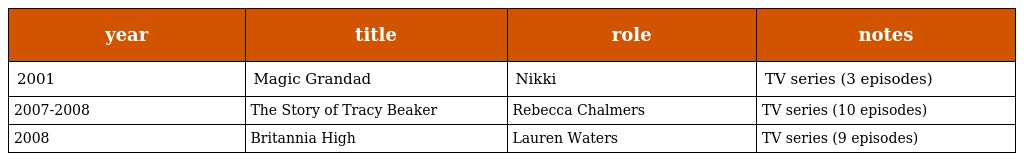
| year | title | role | notes |
 | --- | --- | --- | --- |
 | 2001 | Magic Grandad | Nikki | TV series (3 episodes) |
 | 2007-2008 | The Story of Tracy Beaker | Rebecca Chalmers | TV series (10 episodes) |
 | 2008 | Britannia High | Lauren Waters | TV series (9 episodes) |